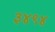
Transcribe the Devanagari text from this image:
३४९४